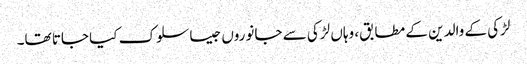
لڑکی کے والدین کے مطابق، وہاں لڑکی سے جانوروں جیسا سلوک کیا جاتا تھا۔